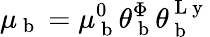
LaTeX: \mu_{\mathrm{~b~}}=\mu_{\mathrm{~b~}}^{0}\theta_{\mathrm{~b~}}^{\Phi}\theta_{\mathrm{~b~}}^{\mathrm{~L~y~}}